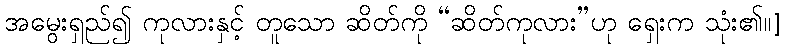
အမွေးရှည်၍ ကုလားနှင့် တူသော ဆိတ်ကို “ဆိတ်ကုလား”ဟု ရှေးက သုံး၏။]